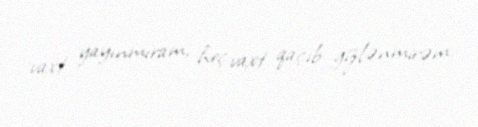
vaxt yayınmıram, heç vaxt qaçıb gizlənmirəm.